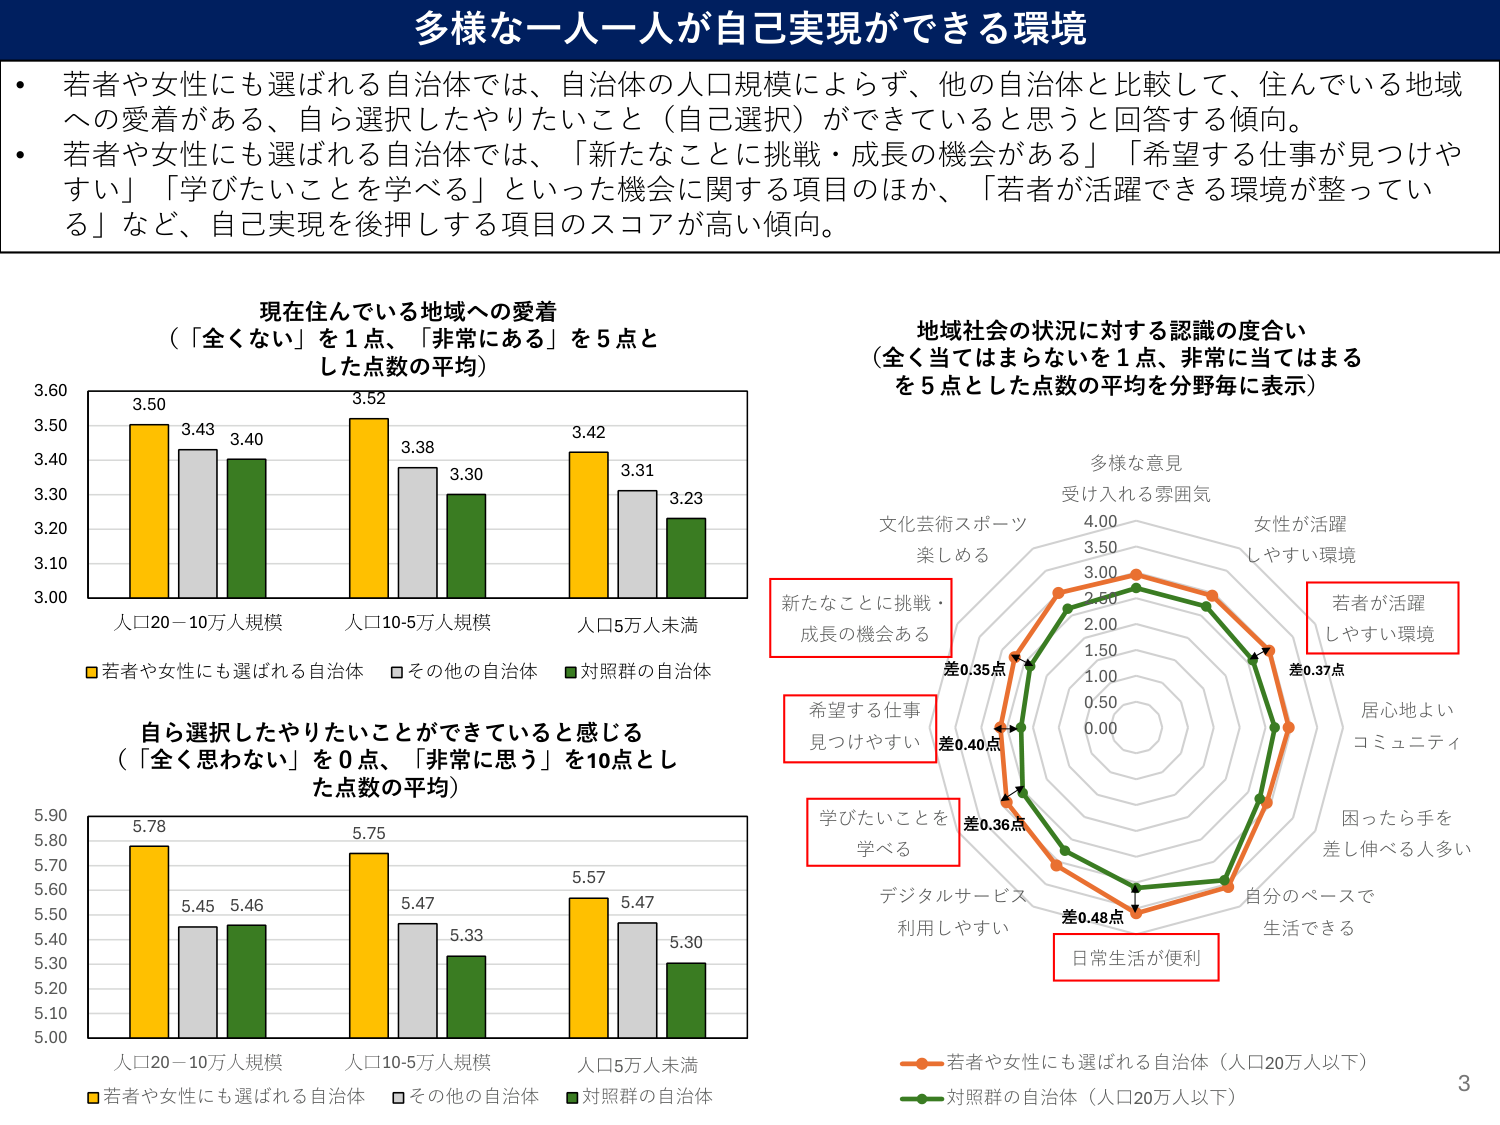
多様な一人一人が自己実現ができる環境

・若者や女性にも選ばれる自治体では、自治体の人口規模によらず、他の自治体と比較して、住んでいる地域への愛着がある、自ら選択したやりたいこと（自己選択）ができていると思うと回答する傾向。
・若者や女性にも選ばれる自治体では、「新たなことに挑戦・成長の機会がある」「希望する仕事が見つけやすい」「学びたいことを学べる」といった機会に関する項目のほか、「若者が活躍できる環境が整っている」など、自己実現を後押しする項目のスコアが高い傾向。

現在住んでいる地域への愛着
（「全くない」を1点、「非常にある」を5点とした点数の平均）

3.60
3.50
3.40
3.30
3.20
3.10
3.00

人口20－10万人規模　　人口10-5万人規模　　人口5万人未満

■若者や女性にも選ばれる自治体　□その他の自治体　■対照群の自治体

3.50　3.43　3.40
3.52　3.38　3.30
3.42　3.31　3.23

自ら選択したやりたいことができていると感じる
（「全く思わない」を0点、「非常に思う」を10点とした点数の平均）

5.90
5.80
5.70
5.60
5.50
5.40
5.30
5.20
5.10
5.00

人口20－10万人規模　　人口10-5万人規模　　人口5万人未満

■若者や女性にも選ばれる自治体　□その他の自治体　■対照群の自治体

5.78　5.45　5.46
5.75　5.47　5.33
5.57　5.47　5.30

地域社会の状況に対する認識の度合い
（全く当てはまらないを1点、非常に当てはまるを5点とした点数の平均を分野毎に表示）

多様な意見
受け入れる雰囲気

文化芸術スポーツ
楽しめる

新たなことに挑戦・
成長の機会ある

希望する仕事
見つけやすい

学びたいことを
学べる

デジタルサービス
利用しやすい

日常生活が便利

若者が活躍
しやすい環境

差0.37点

居心地よい
コミュニティ

困ったら手を
差し伸べる人多い

自分のペースで
生活できる

差0.48点

差0.36点

差0.40点

差0.35点

4.00
3.50
3.00
2.50
2.00
1.50
1.00
0.50
0.00

■若者や女性にも選ばれる自治体（人口20万人以下）
■対照群の自治体（人口20万人以下）

3